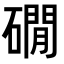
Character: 礀